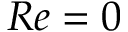
R e = 0